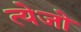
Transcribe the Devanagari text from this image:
त्येजो